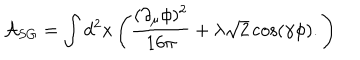
LaTeX: \mathcal { A } _ { S G } = \int d ^ { 2 } x \left( \frac { ( \partial _ { \mu } \phi ) ^ { 2 } } { 1 6 \pi } + \lambda \sqrt { 2 } \cos ( \gamma \phi ) . \right)